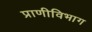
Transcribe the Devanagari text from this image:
प्राणीविभाग